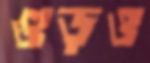
গুড়ও